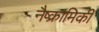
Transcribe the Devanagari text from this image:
नैष्क्रामिकी